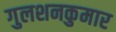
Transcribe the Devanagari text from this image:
गुलशनकुमार